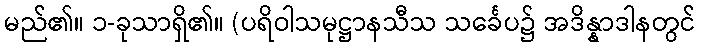
မည်၏။ ၁-ခုသာရှိ၏။ (ပရိဝါသမုဋ္ဌာနသီသ သင်္ခေပ၌ အဒိန္နာဒါနတွင်